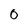
Character: 0